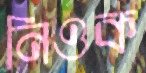
নিওক